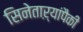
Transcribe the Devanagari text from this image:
सिनेताऱ्यांपैकी